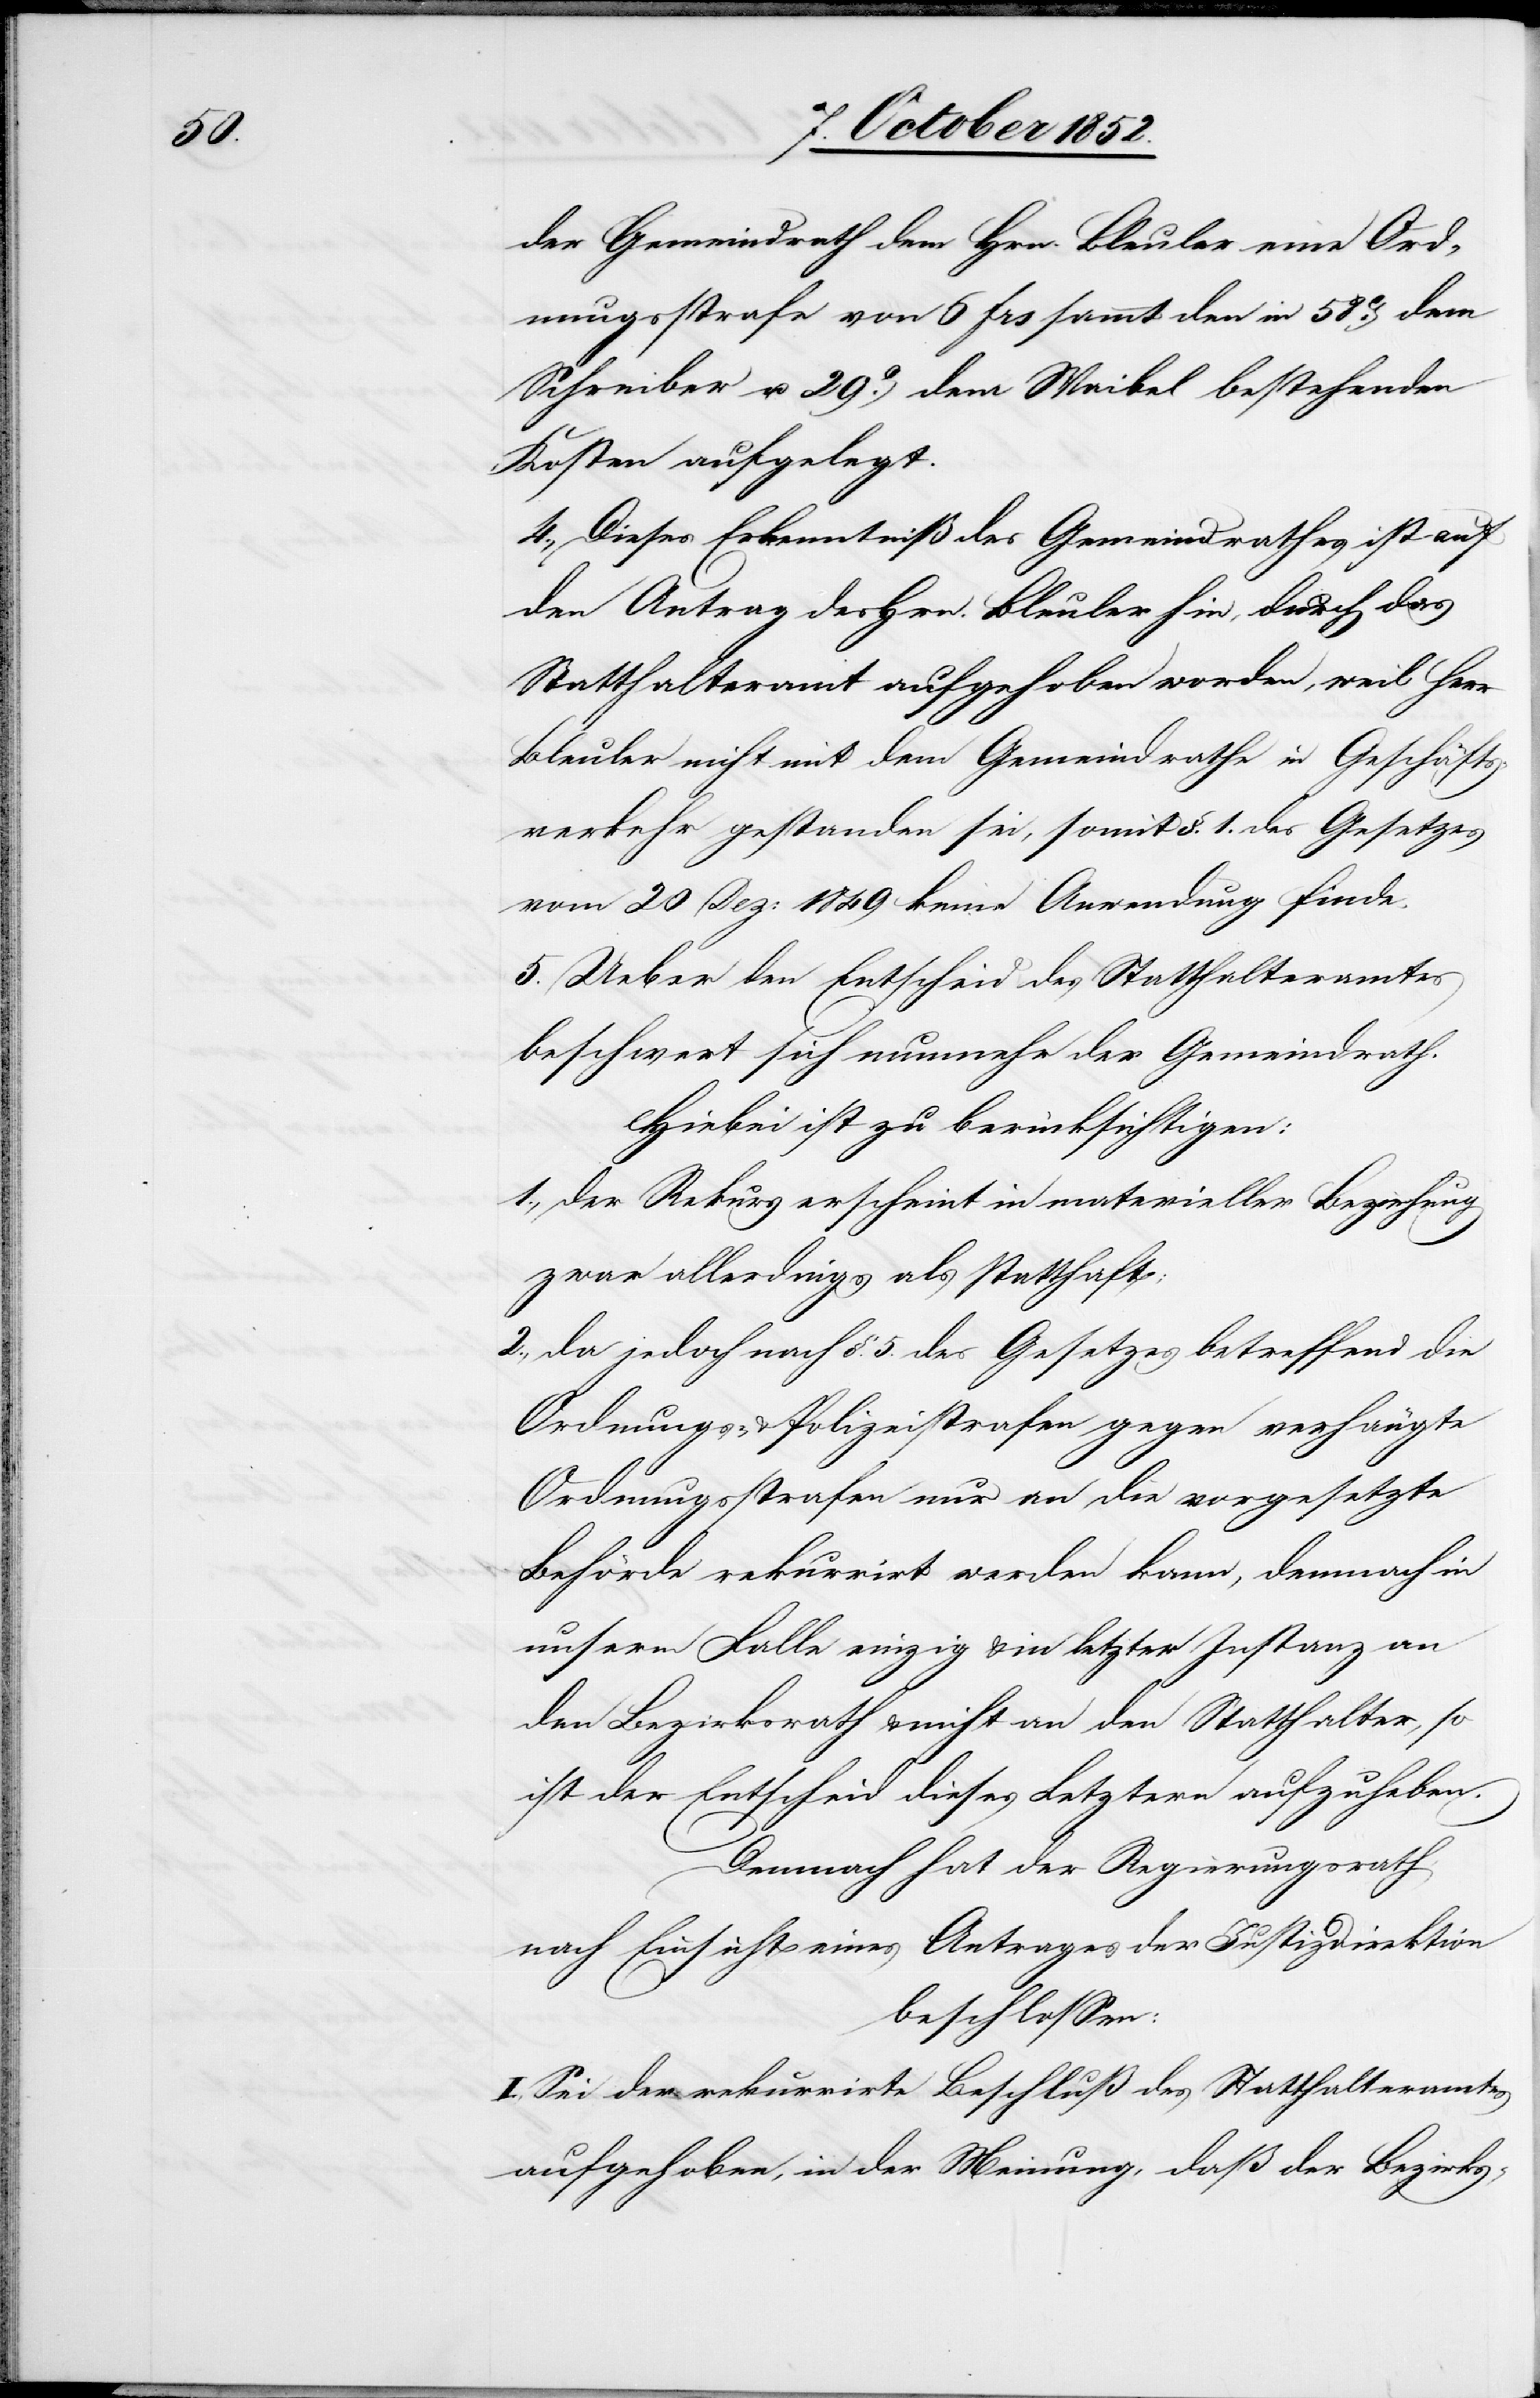
der Gemeindrath dem Hrn. Bleuler eine Ord¬
nungsstrafe von 6 Frs sammt den in 58ct. dem
Schreiber u. 29ct. dem Waibel bestehenden
Kosten aufgelegt.
4., Dieses Erkenntniß des Gemeindrathes ist auf
den Antrag des Hrn. Bleuler hin, durch das
Statthalteramt aufgehoben worden, weil Herr
Bleuler nicht mit dem Gemeindrathe in Geschäfts¬
verkehr gestanden sei, somit §. 1. des Gesetzes
vom 20 Dez: 1849 keine Anwendung finde.
5. Ueber den Entscheid des Statthalteramtes
beschwert sich nunmehr der Gemeindrath.
Hiebei ist zu berücksichtigen:
1., Der Rekurs erscheint in materieller Beziehung
zwar allerdings als statthaft;
2., Da jedoch nach §. 5. des Gesetzes betreffend die
Ordnungs- & Polizeistrafen gegen verhängte
Ordnungsstrafen nur an die vorgesetzte
Behörde rekurrirt werden kann, demnach in
unserm Falle einzig & in letzter Instanz an
den Bezirksrath & nicht an den Statthalter, so
ist der Entscheid dieses Letztern aufzuheben.
Demnach hat der Regierungsrath
nach Einsicht eines Antrages der Justizdirektion
beschlossen:
I., Sei der rekurrirte Beschluß des Statthalteramtes
aufgehoben, in der Meinung, daß der Bezirks-